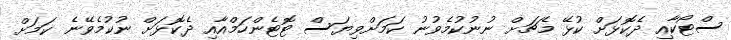
ސްޓޯކާއި ދެކޮޅަށް ކުޅޭ މެޗަށް ނުނުކުމެވުނު ކަމަށްވިޔަސް ޓޮޓެންހަމްއާއި ދެކޮޅަށް ނުކުމެވޭނެ ކަމަށް